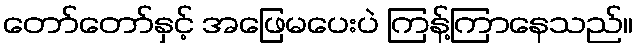
တော်တော်နှင့် အဖြေမပေးပဲ ကြန့်ကြာနေသည်။